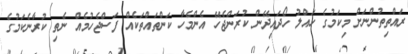
ރައްތިތުންނަށް މިކަމުގެ ހައްލު ހޯދައިދޭން ކުރަންޖެހޭ އެންމެހާ ކަންތައްތަކެއް ފަސްޖެހުމެއް ނެތި ކުރާނެކަމުގެ